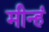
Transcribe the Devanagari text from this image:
मीन्हं